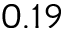
0 . 1 9